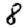
Digit: 8